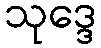
သုဒ္ဒေ